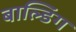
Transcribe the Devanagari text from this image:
बाल्डिंग